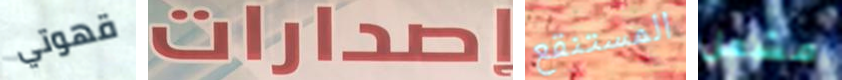
قهوتي إصدارات المستنقع مشعل